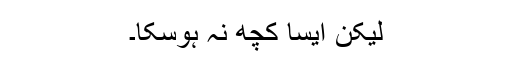
لیکن ایسا کچھ نہ ہوسکا۔